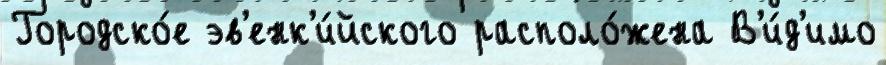
Городско́е эв'енк'и́йского располо́жена В'и́д'имо